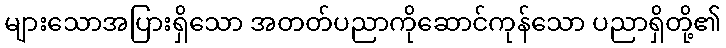
များသောအပြားရှိသော အတတ်ပညာကိုဆောင်ကုန်သော ပညာရှိတို့၏